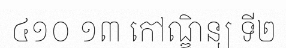
៤១០ ១៣ កៅណ្ឌិន្យ ទី២